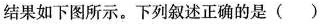
结果如下图所示。下列叙述正确的是()